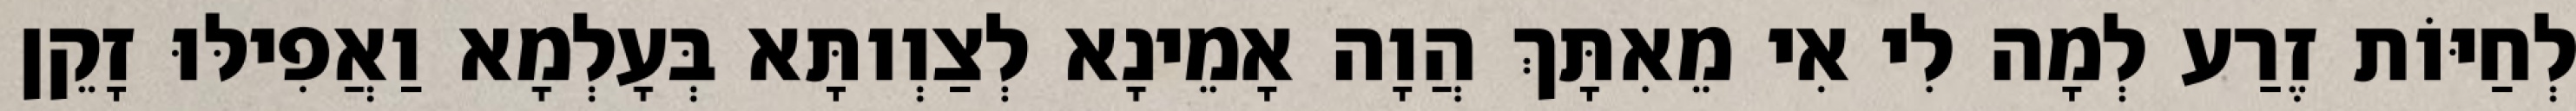
לְחַיּוֹת זֶרַע לְמָה לִי אִי מֵאִתָּךְ הֲוָה אָמֵינָא לְצַוְותָּא בְּעָלְמָא וַאֲפִילּוּ זָקֵן